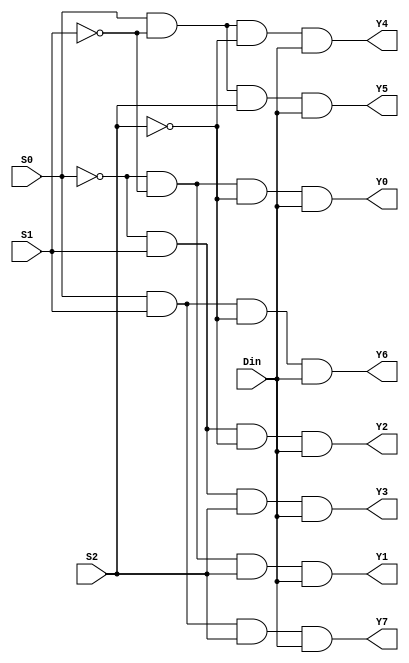
module demux1to8 (S0, S1, S2, Y0, Y1, Y2, Y3, Y4, Y5, Y6, Y7, Din);
    input S0, S1, S2, Din;
    output Y0, Y1, Y2, Y3, Y4, Y5, Y6, Y7;

    assign Y0 = ~S0 & ~S1 & ~S2 & Din;
    assign Y1 = ~S0 & ~S1 & S2 & Din;
    assign Y2 = ~S0 & S1 & ~S2 & Din;
    assign Y3 = ~S0 & S1 & S2 & Din;
    assign Y4 = S0 & ~S1 & ~S2 & Din;
    assign Y5 = S0 & ~S1 & S2 & Din;
    assign Y6 = S0 & S1 & ~S2 & Din;
    assign Y7 = S0 & S1 & S2 & Din;
    
endmodule

module testbench;
reg S0, S1, S2, Din;
wire Y0, Y1, Y2, Y3, Y4, Y5, Y6, Y7;

initial begin
$display("Din S0 S1 S2 | Y0 Y1 Y2 Y3 Y4 Y5 Y6 Y7");
S0 = 1'b0; S1 = 1'b0; S2 = 1'b0; Din = 1'b1;
#7 $finish;
end
    
    always #4 S0 = ~S0;
    always #2 S1 = ~S1;
    always #1 S2 = ~S2;

demux1to8 U1(S0, S1, S2, Y0, Y1, Y2, Y3, Y4, Y5, Y6, Y7, Din);
initial
$monitor("%b   %b  %b  %b  |  %b  %b  %b  %b  %b  %b  %b  %b", Din, S0, S1, S2, Y0, Y1, Y2, Y3, Y4, Y5, Y6, Y7);
endmodule